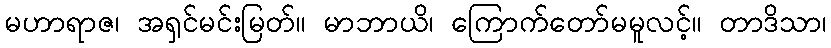
မဟာရာဇ၊ အရှင်မင်းမြတ်။ မာဘာယိ၊ ကြောက်တော်မမူလင့်။ တာဒိသာ၊